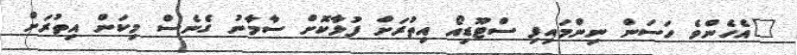
"އެހެންވެ ހަސަން ނިންމައިފި ސްޓޫޑިއޯ އިތުރަށް ފުޅާކޮށް ސާމާނު ގެނެސް މިކަން އިތުރަށް